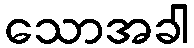
သောအခါ